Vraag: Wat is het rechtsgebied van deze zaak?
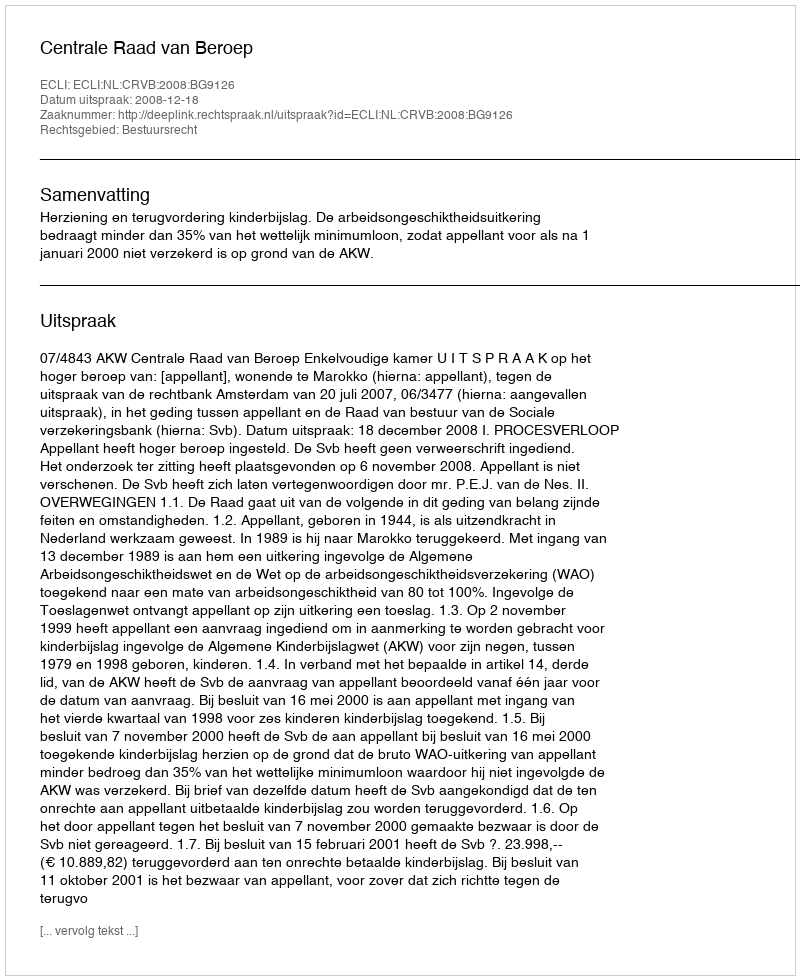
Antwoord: Bestuursrecht